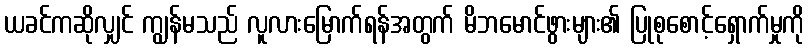
ယခင်ကဆိုလျှင် ကျွန်မသည် လူလားမြောက်ရန်အတွက် မိဘမောင်ဖွားများ၏ ပြုစုစောင့်ရှောက်မှုကို